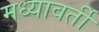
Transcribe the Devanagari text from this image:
मध्यावर्ती